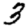
Digit: 3